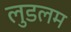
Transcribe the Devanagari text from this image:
लुडलम